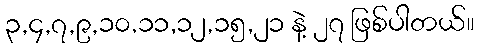
၃,၄,၇,၉,၁၀,၁၁,၁၂,၁၅,၂၁ နဲ့ ၂၇ ဖြစ်ပါတယ်။